On kala azar, malaria and malarial cachexia - Number 19
Disease focus: Malaria
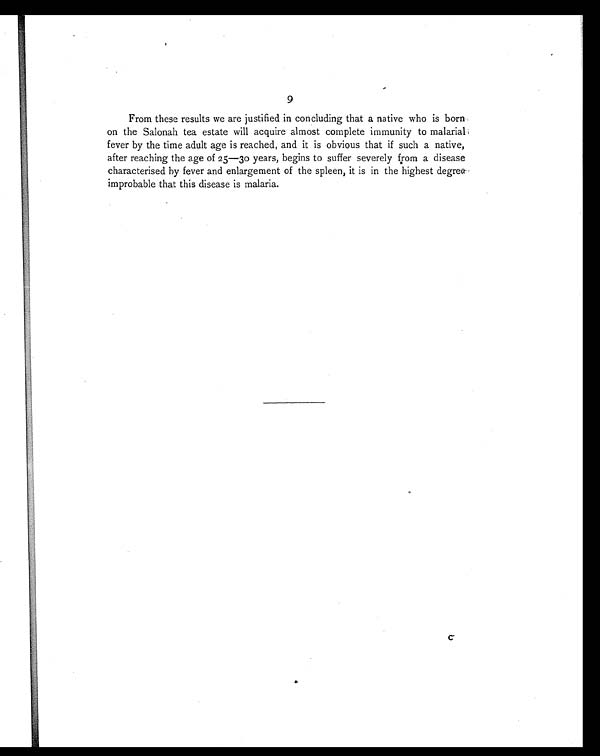
9
From these results we are justified in concluding that a native who is born
on the Salonah tea estate will acquire almost complete immunity to malarial
fever by the time adult age is reached, and it is obvious that if such a native,
after reaching the age of 25—30 years, begins to suffer severely from a disease
characterised by fever and enlargement of the spleen, it is in the highest degree
improbable that this disease is malaria.
C